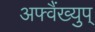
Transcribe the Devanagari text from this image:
अफ्वैंख्युप्